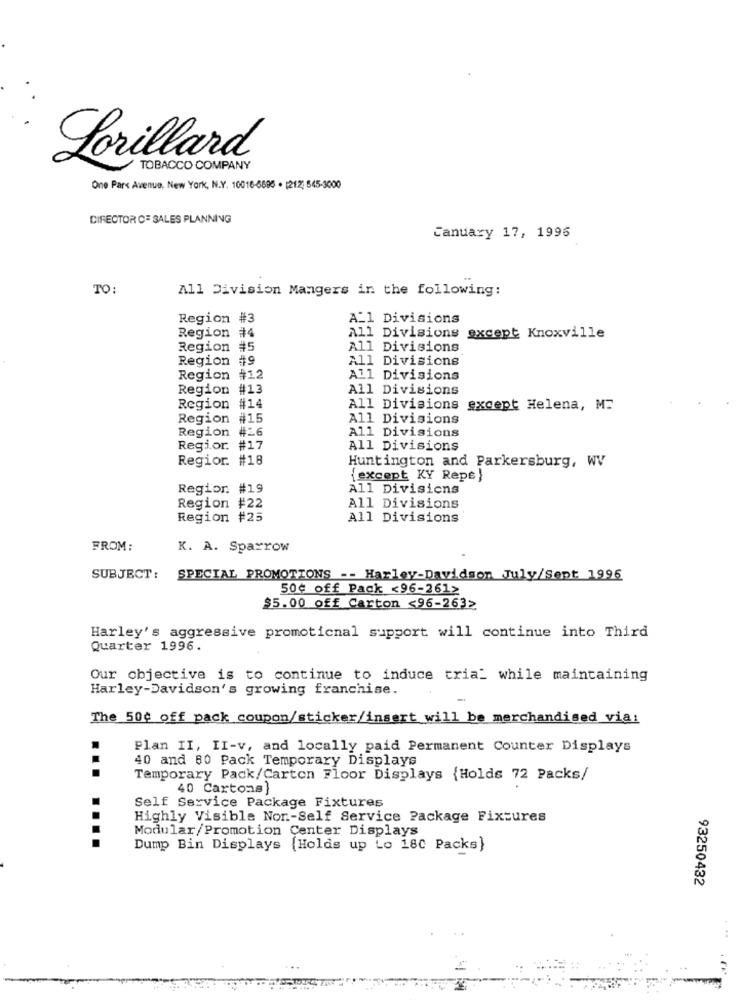
Lorillard
TOBACCO COMPANY
One Park Avenue, New York, N.Y. 10016-6695 . [212; 545-3000
DIRECTOR C= SALES PLANNING
Canuary 17, 1995
TO:
All Division Mangers in the following:
Region #3
A_1 Divisions
Region #4
All Divisions except Knoxville
Region #5
All Divisions
Region #9
All Divisions
Region #12
All Divisions
Region #13
All Divisions
Region #14
All Divisions except Helena, MT
Region #15
All Divisions
#16
Region
All Divisions
Regior. #17
All Divisions
Regior. #18
Huntington and Parkersburg, WV
{except KY Repe}
Region. #19
All Divisions
Region #22
All Divisions
Region #25
All Divisions
FROM:
K. A. Sparrow
SUBJECT:
SPECIAL PROMOTIONS -- Harley-Davidson July/Sept 1996
50¢ off Pack <96-261>
$5.00 off Carton <96-263>
Harley's aggressive promoticnal support will continue into Third
Quarter 1996.
Our objective is to continue to induce tria_ while maintaining
Harley-Davidson's growing franchise.
The 500 off pack coupon/sticker/insert will be merchandised via:
Plan II, II-v, and locally paid Permanent Counter Displays
40 and 80 Pack Temporary Displays
Temporary Pack/Carton Floor Displays {Holds 72 Packs/
40 Cartons)
Self Service Package Fixtures
Highly Visible Nor-Self Service Package Fixtures
Modular/Promotion Center Displays
....
Dump Bin Displays (Holds up Lo 180 Packs}
93250432
...